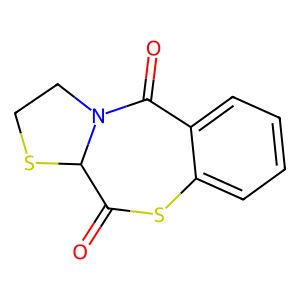
SMILES: O=C1Sc2ccccc2C(=O)N2CCSC12
Inhibits HIV replication: Yes